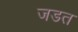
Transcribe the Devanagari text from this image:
जडत